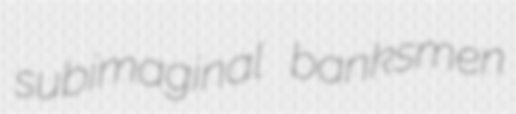
subimaginal banksmen